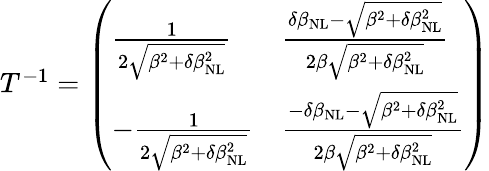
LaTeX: \begin{array}{r}{T^{-1}=\left(\begin{array}{ll}{\frac{1}{2\sqrt{\beta^{2}+\delta\beta_{\mathrm{NL}}^{2}}}}&{\frac{\delta\beta_{\mathrm{NL}}-\sqrt{\beta^{2}+\delta\beta_{\mathrm{NL}}^{2}}}{2\beta\sqrt{\beta^{2}+\delta\beta_{\mathrm{NL}}^{2}}}}\\ {-\frac{1}{2\sqrt{\beta^{2}+\delta\beta_{\mathrm{NL}}^{2}}}}&{\frac{-\delta\beta_{\mathrm{NL}}-\sqrt{\beta^{2}+\delta\beta_{\mathrm{NL}}^{2}}}{2\beta\sqrt{\beta^{2}+\delta\beta_{\mathrm{NL}}^{2}}}}\end{array}\right)}\end{array}